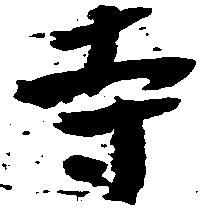
寺